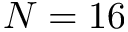
N = 1 6